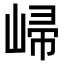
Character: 𡹙